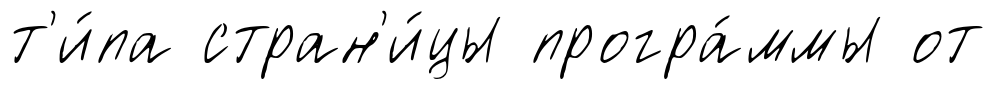
т'и́па стран'и́цы програ́ммы от